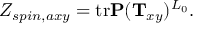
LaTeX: Z _ { s p i n , a x y } = \mathrm { t r } { \bf P } ( { \bf T } _ { x y } ) ^ { L _ { 0 } } .